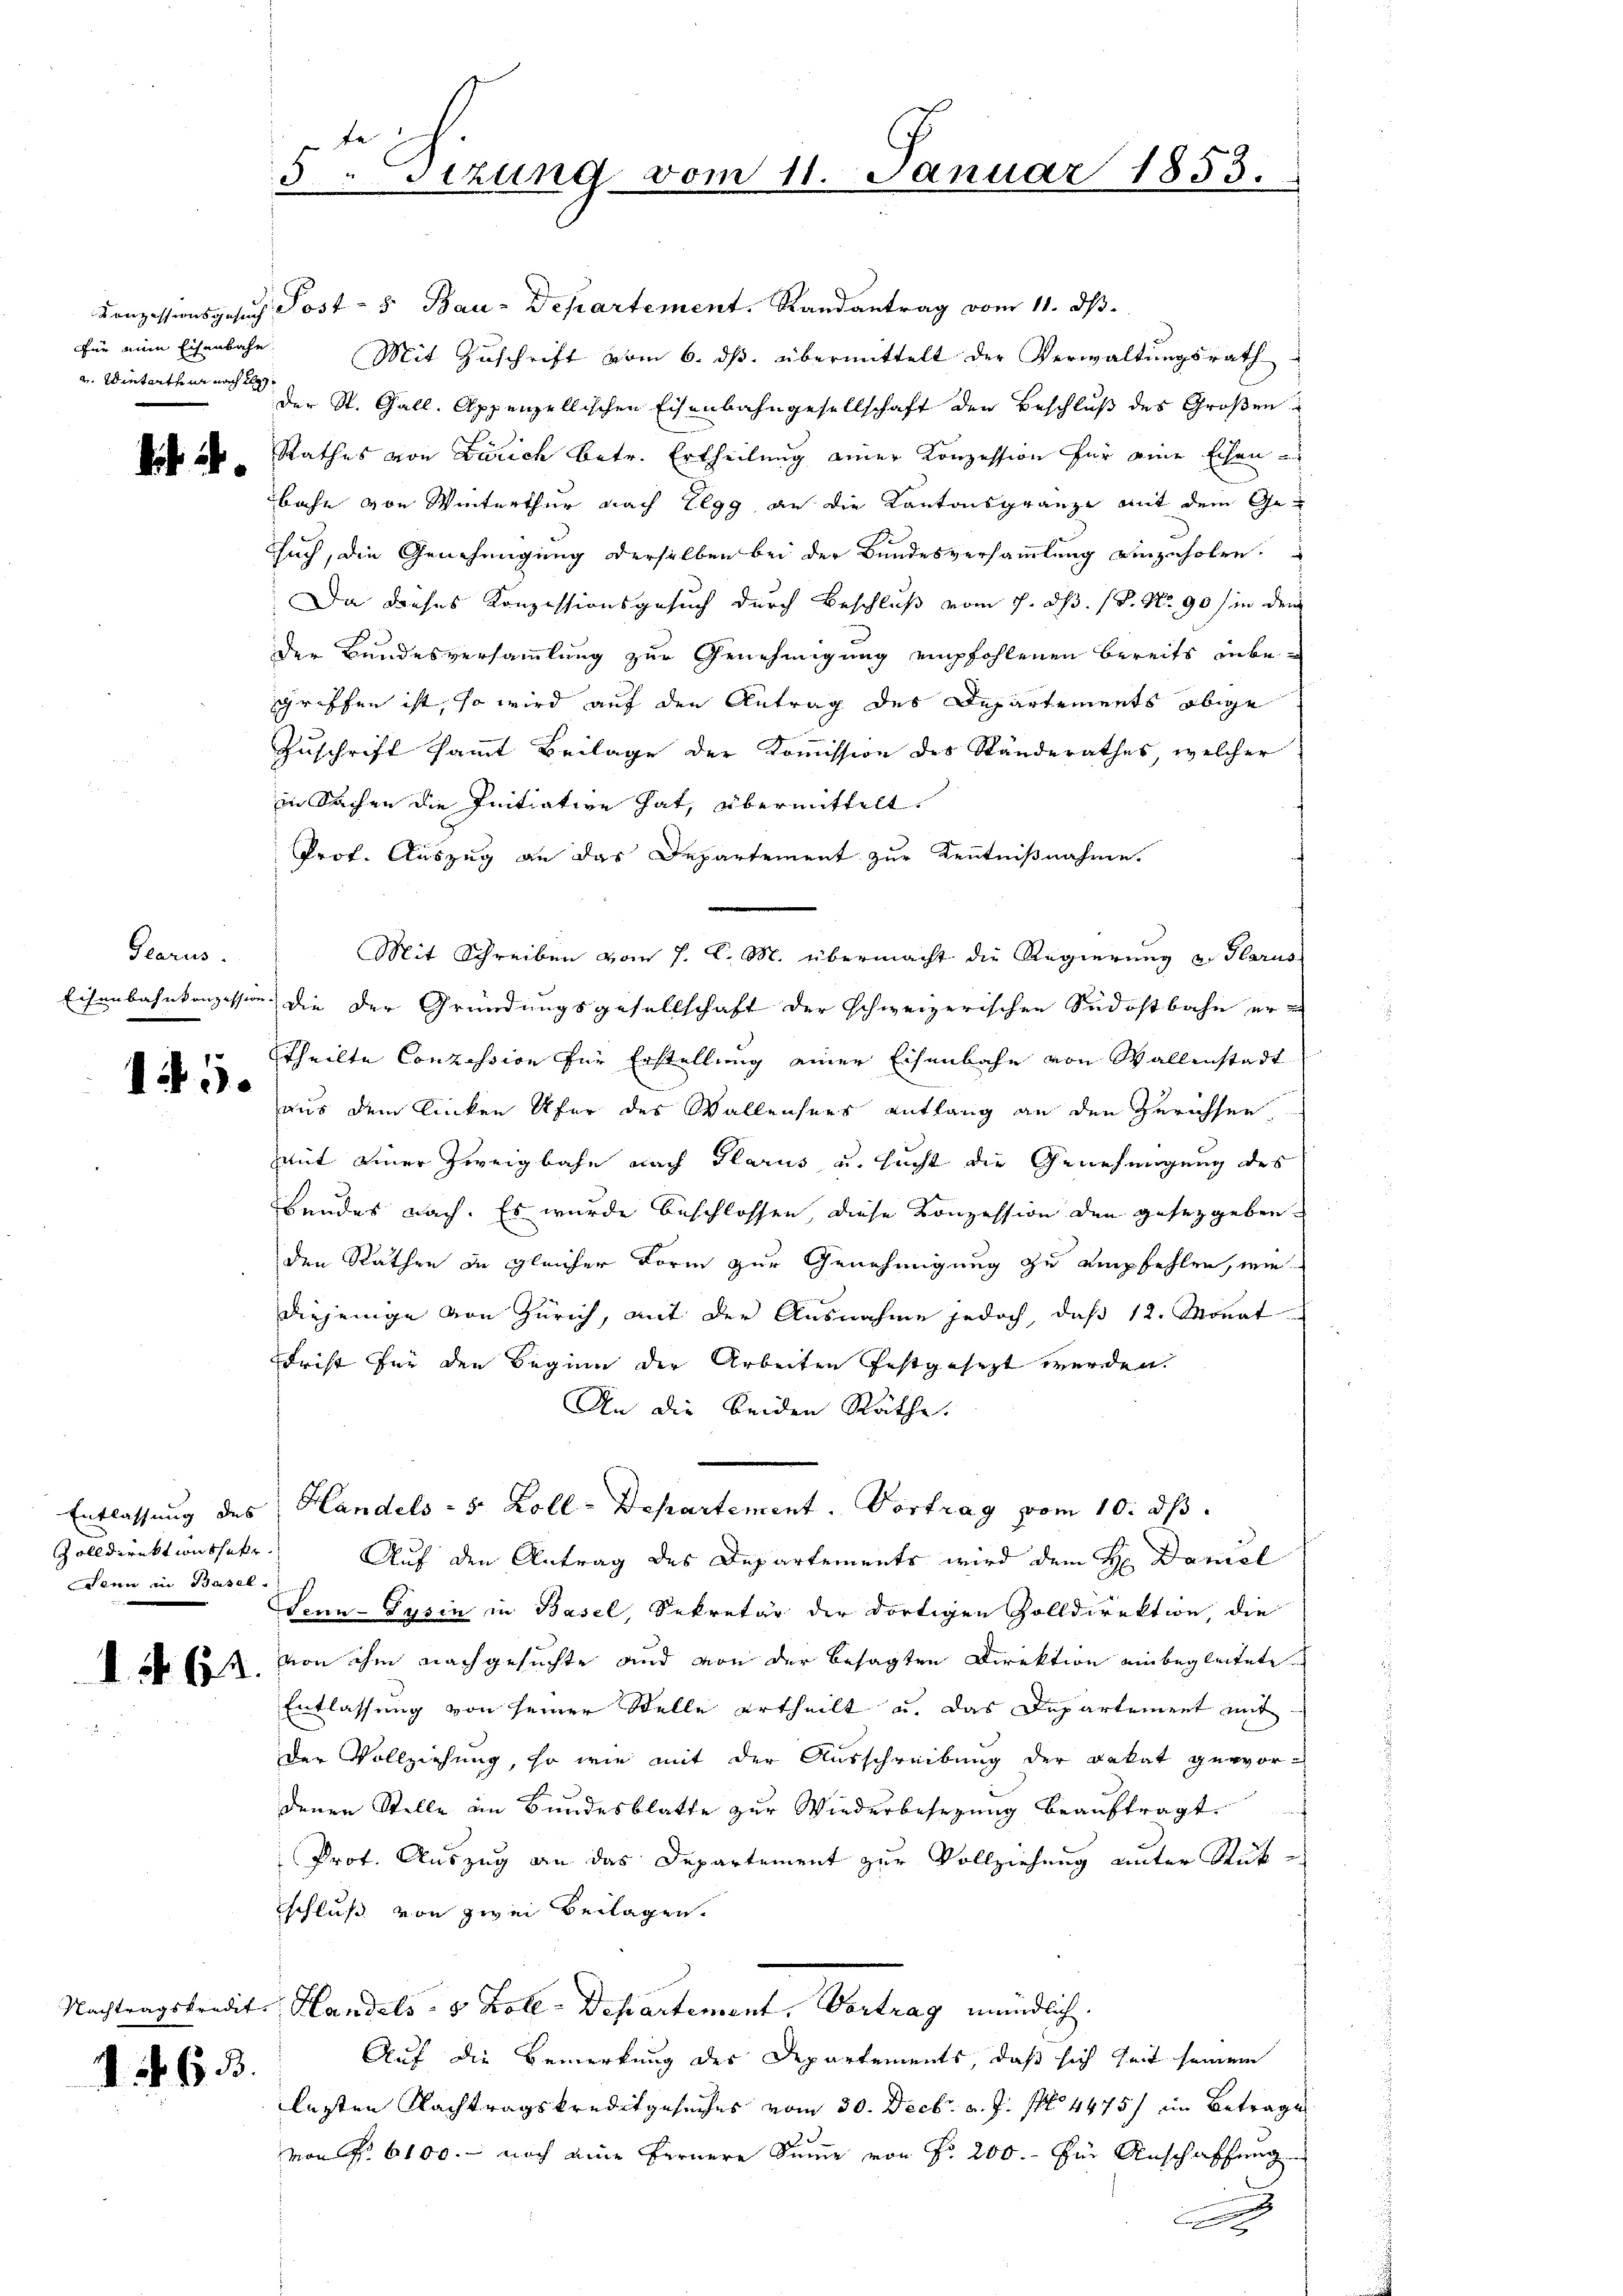
Für mine Eisenbahn
2. Winterthur noch e

d

Glarus.

145.

Zolldirektionssekr
Denn in Basel.

I. §. 62.

d §. 633.

5. Sizung vom 11. Januar 1853.

Conzessionsgesŭch Post- 5. Bau-Departement. Randantrag vom 11. dβ.
Mit Zŭschrift vom 6. dβ. übermittelt der Verwaltŭngsrath
der St. Gall, Appenzellischen Eisenbahngesellschaft den Beschluß des Großen
Rathes von Zürich betr. Ertheilung einer Konzession für eine Eisen-
bahn von Winterthur nach Elgg an die Kantonsgränze mit dem Gesuch, die Genehmigung derselben bei der Bundesversammlung einzuholen.
Da dieses Konzessionsgesuch durch Beschluß vom 7. d. 18. No. 90 / in dem
der Bundesversammlung zur Genehmigung empfohlenen bereits inbegriffen ist, so wird auf den Antrag des Departements obige
Zuschrift sammt Beilage der Kommission des Standerathes, welcher
in Sachen die Initiative hat, übermittelt.
Prof. Auszug an das Departement zur Kenntnißnahme.
Mit Schreiben vom 7. d. M. übermacht die Regierung an Glarus
Eisenbahnkonzession die der Gründungsgesellschaft der schweizerischen Südostbahn er in
Theilte Conzession für Erstellung einer Eisenbahn von Wallenstadt
aus dem linken Ufer des Wallensees entlang an den Zürichsen
mit einer Zweigbahn nach Glarus u. sucht die Genehmigung des
Bundes nach. Es wurde beschlossen, diese Konzession den gesetzgeben
den Räthen zu gleicher Form zur Genehmigung zu empfehlen, wie
diejenige von Zürich, mit der Ausnahme jedoch, daß 12. Monat
Frist für den Beginn der Arbeiten festgesezt werden.
An die beiden Räthe.
Entlassŭng des Handels- 5 Zoll-Departement. Vortrag vom 10. ds.
Auf den Antrag des Departements wird dem H. Daniel
Senn-Pysin in Basel, Sekretär der dortigen Zolldirektion, die
von ihm nachgesuchte und von der besagten Direktion einbegleitete
Entlassung von seiner Stelle ertheilt u. das Departement mit
der Vollziehung, so wie mit der Ausschreibung der Bekat gewordenen Stelle im Bundesblatte zur Wiederbesezung beauftragt.
d
Prot. Auszug an das Departement zur Vollziehung unter Rück-
schluß von zwei Beilagen.
Nachtragskredite Handels- 5 Zoll-Departement. Vortrag mündlich.
Auf die Bemerkung des Departements, daß sich seit seinem
lasten Nachtragskreditgesuches vom 30. Decbr. v. J. pr 4475/ im Betrage
von Fr. 6100. - noch eine fernere Summe von Fr. 200. Ein Anschaffung
n